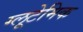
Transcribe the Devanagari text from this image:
ग्लूटेमिक